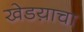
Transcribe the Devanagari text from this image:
खेडय़ाचा